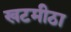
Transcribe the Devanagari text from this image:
खटमीठा